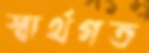
স্বার্থগত